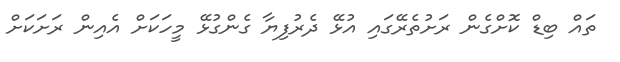
ތައް ބިޑް ކޮށްގެން ރަށުތެރޭގައި އުޅޭ ދެރުފިޔާ ގެންގުޅޭ މީހަކަށް އެއިން ރަށަކަށް